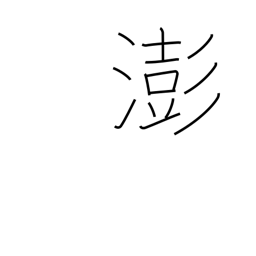
Meaning: turbulent water